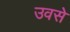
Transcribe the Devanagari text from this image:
उवसे